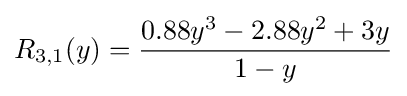
R_{3,1}(y)={\frac {0.88y^{3}-2.88y^{2}+3y}{1-y}}